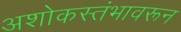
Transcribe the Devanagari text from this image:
अशोकस्तंभावरून